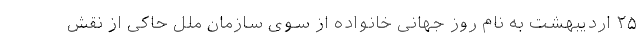
۲۵ اردیبهشت به‌ نام روز جهانی خانواده از سوی سازمان ملل حاکی از نقش